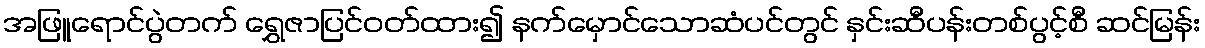
အဖြူရောင်ပွဲတက် ရွှေဇာပြင်ဝတ်ထား၍ နက်မှောင်သောဆံပင်တွင် နှင်းဆီပန်းတစ်ပွင့်စီ ဆင်မြန်း